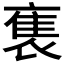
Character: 𬡡